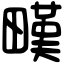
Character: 𤳉